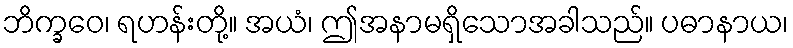
ဘိက္ခဝေ၊ ရဟန်းတို့။ အယံ၊ ဤအနာမရှိသောအခါသည်။ ပဓာနာယ၊